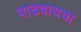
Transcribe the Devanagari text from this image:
वाढवायचा